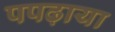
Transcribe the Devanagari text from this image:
पपढ़ाया